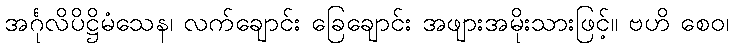
အင်္ဂုလိပိဋ္ဌိမံသေန၊ လက်ချောင်း ခြေချောင်း အဖျားအမိုးသားဖြင့်။ ဗဟိ စေဝ၊